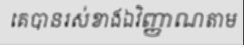
គេបានរស់ខាងឯវិញ្ញាណតាម